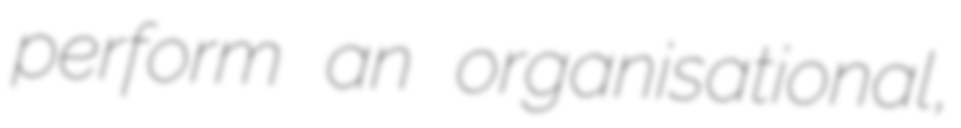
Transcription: perform an organisational,